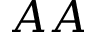
A A